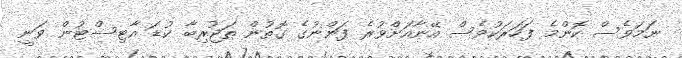
ނަމަވެސް ކޮންމެ ފަހަރަކުވެސް އޭނާއަށްވުރެ ފަންނުގެ ގޮތުން ތަޖުރިބާ ކުޑަ އާޓިސްޓުން ވަނީ